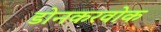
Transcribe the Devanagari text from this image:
डोनकरवोक